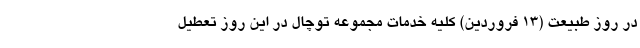
در روز طبیعت (۱۳ فروردین) کلیه خدمات مجموعه توچال در این روز تعطیل